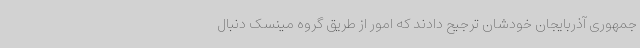
جمهوری آذربایجان خودشان ترجیح دادند که امور از طریق گروه مینسک دنبال